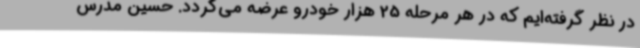
در نظر گرفته‌ایم که در هر مرحله 25 هزار خودرو عرضه می‌گردد. حسین مدرس